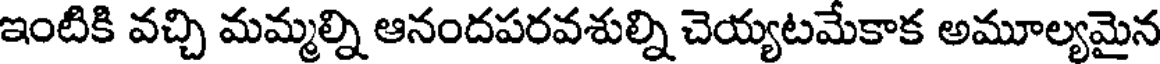
ఇంటికి వచ్చి మమ్మల్ని ఆనందపరవశుల్ని చెయ్యటమేకాక అమూల్యమైన